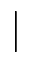
\mid